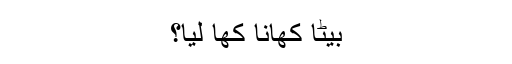
بیٹا کھانا کھا لیا؟